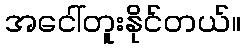
အငေါ်တူးနိုင်တယ်။